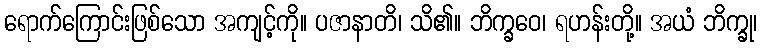
ရောက်ကြောင်းဖြစ်သော အကျင့်ကို။ ပဇာနာတိ၊ သိ၏။ ဘိက္ခဝေ၊ ရဟန်းတို့။ အယံ ဘိက္ခု၊